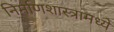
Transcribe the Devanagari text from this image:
निर्माणशास्त्रामध्ये